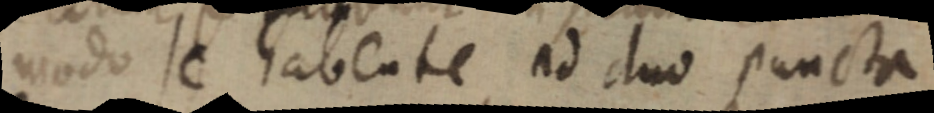
modo se habente ad duo puncta